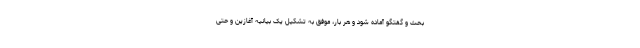
بحث و گفتگو آماده شود و هر بار، موفق به تشکیل یک بیانیه آغازین و حتی